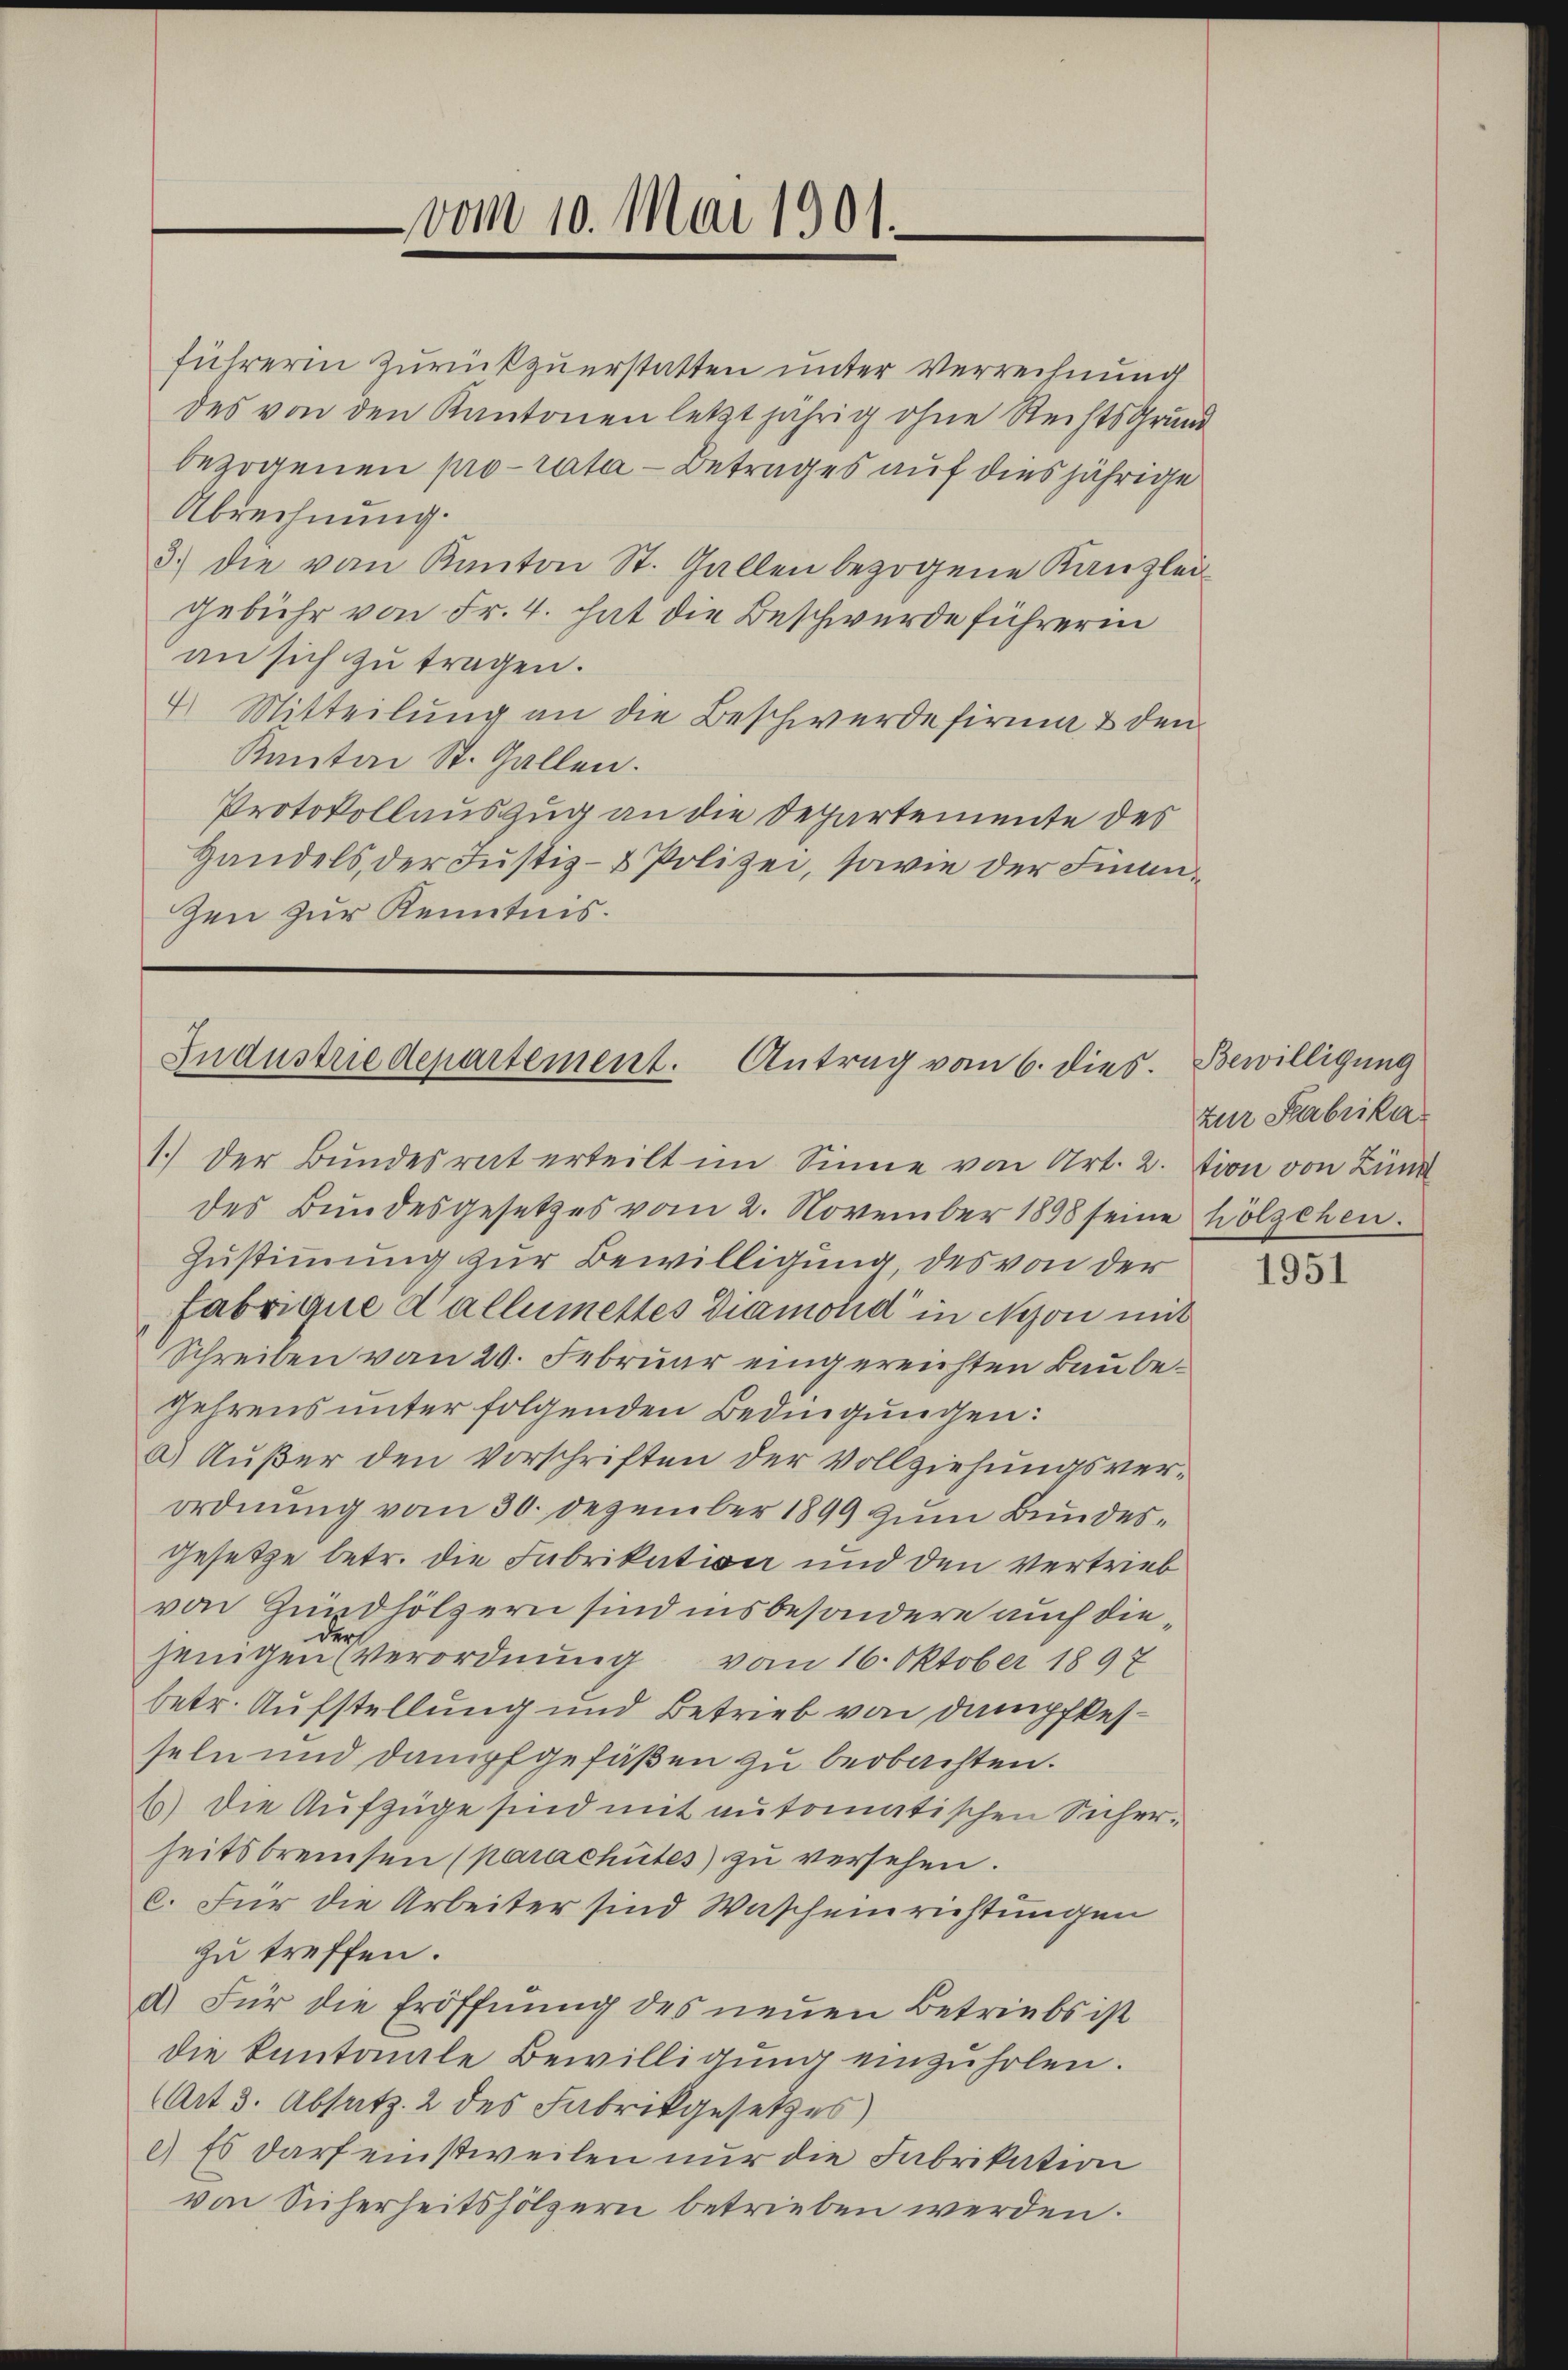
vom 10. Mai 1901.

führerin zurückzuerstatten unter Verrechnung
des von den Kantonen letztjährig ohne Rechtsgrund
bezogenen pro rata - Betrages auf diesjährige
Abrechnung.
3.) die vom Kanton St. Gallen bezogene Kanzlei-
gebühr von Fr. 4. hat die Beschwerde führerin
an sich zu tragen.
4. Mitteilung an die Beschwerde firma & den
Kanton St. Gallen.
Protokollauszug an die Departemente des
Handels, der Justiz- & Polizei, sowie der Finanzen zur Kenntnis.

Industrie departement. Antrag vom 6. dies

1.) Der Bundesrat erteilt im Sinne von Art. 2. tion von Zünd
des Bundesgesetzes vom 2. November 1898 seine hölzchen.
Zustimmung zur Bewilligung des von der
fabrique Wallimettes Diamold in Nyon mit
Schreiben von 20. Februar eingereichten Baube¬
Gehrens unter folgenden Bedingungen:
a) Außer den Vorschriften der Vollziehungsverordnung vom 30. Dezember 1899 zum Bundesgesetze betr. die Fabrikation und den Vertrieb
von Hundhölzern sind insbesondere auch dieder
jeingen Verordnung vom 16. Oktober 1897
betr. Aufstellung und Betrieb von Dampfkesseln und danipfgefaßen zu beobachten.
6) Die Aufzüge sind mit automatischen Sicherheitsbremsen (parachtes) zu versehen.
c. Für die Arbeiter sind Wascheinrichtungen
zu treffen.
a) Für die Eröffnung des neuen Betriebs ist
die kantonale Bewilligung einzuholen.
(Art. 3. Absatz. 2 des Fabrikgesetzes)
) Es darf einstweilen nur die Fabrikation
von Sicherheitshölzern betrieben werden.

Bewilligung
zur Stabrika

1951